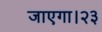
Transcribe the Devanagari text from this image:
जाएगा।२३